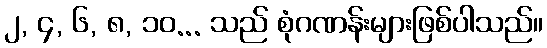
၂, ၄, ၆, ၈, ၁၀... သည် စုံဂဏန်းများဖြစ်ပါသည်။